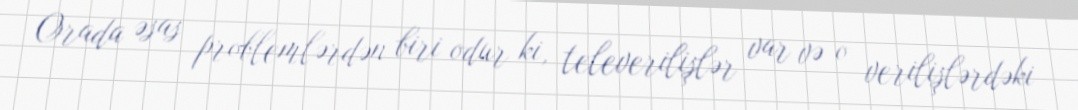
Orada əsas problemlərdən biri odur ki, televerilişlər var və o verilişlərdəki